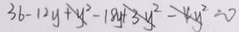
3 6 - 1 2 y + y ^ { 2 } - 1 8 y + 3 y ^ { 2 } - 4 y ^ { 2 } = 0